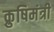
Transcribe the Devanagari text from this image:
क्रुषिमंत्री